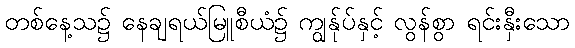
တစ်နေ့သ၌ နေချရယ်မြူစီယံ၌ ကျွန်ုပ်နှင့် လွန်စွာ ရင်းနှီးသော